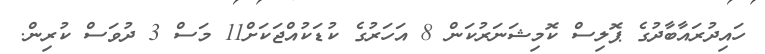
ހައިދުރައާބާދުގެ ޕޮލިސް ކޮމިޝަނަރުކަން 8 އަހަރުގެ ކުޑަކުއްޖަކަށް11 މަސް 3 ދުވަސް ކުރިން.